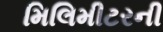
મિલિમીટરની